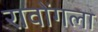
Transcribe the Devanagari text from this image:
रावोंगला